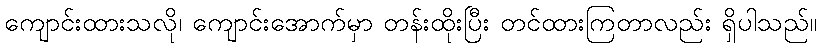
ကျောင်းထားသလို၊ ကျောင်းအောက်မှာ တန်းထိုးပြီး တင်ထားကြတာလည်း ရှိပါသည်။